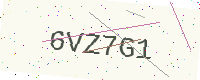
Text: 6VZ7G1